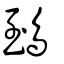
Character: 鵄